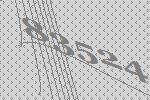
83524